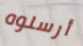
أرسلوه